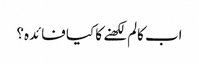
اب کالم لکھنے کا کیا فائدہ؟